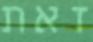
זאת